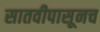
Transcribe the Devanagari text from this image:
सातवीपासूनच